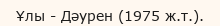
Ұлы - Дәурен (1975 ж.т.).